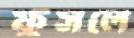
ফুঁসলে